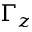
\Gamma _ { z }